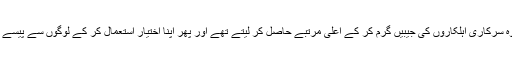
‏ کبھی کبھار وہ سرکاری اہلکاروں کی جیبیں گرم کر کے اعلیٰ مرتبے حاصل کر لیتے تھے اور پھر اپنا اِختیار اِستعمال کر کے لوگوں سے پیسے بٹورتے تھے۔